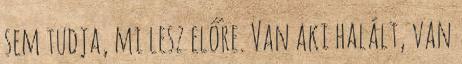
sem tudja, mi lesz előre. Van aki halált, van